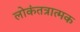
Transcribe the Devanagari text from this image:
लोकंतत्रात्मक